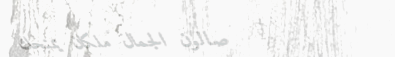
صالون الجمال ملكان يمنحكِ